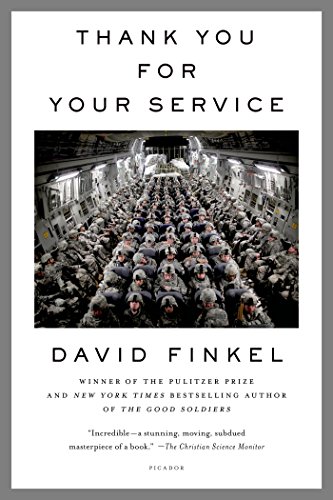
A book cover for Thank You for Your Service; David Finkel; History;